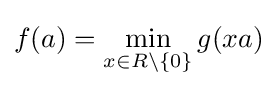
f(a)=\min _{x\in R\setminus \{0\}}g(xa)